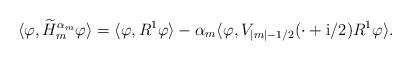
LaTeX: \begin{align*} \langle \varphi, \widetilde H_m^{\alpha_m}\varphi\rangle = \langle \varphi, R^1\varphi\rangle - \alpha_m\langle \varphi, V_{|m|- 1/2}(\cdot +\mathrm i/2)R^1\varphi\rangle.\end{align*}